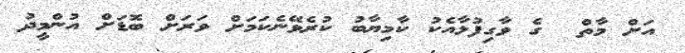
އަށް މާތް  ގެ ވާގިފުޅާއެކު ކާމިޔާބު ކުރެވޭނެކަމަށް ވަރަށް ބޮޑަށް އުންމީދު